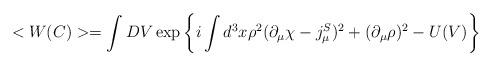
LaTeX: \begin{align*}<W(C)>=\int DV\exp \left\{i\int d^{3}x\rho ^{2}(\partial _{\mu }\chi -j_{\mu}^{S})^{2}+(\partial _{\mu }\rho )^{2}-U(V)\right\} \end{align*}